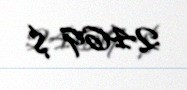
2469 $